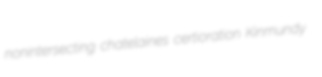
nonintersecting chatelaines certioration Kinmundy